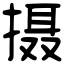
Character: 摄